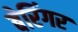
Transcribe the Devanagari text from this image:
बेरिंगर